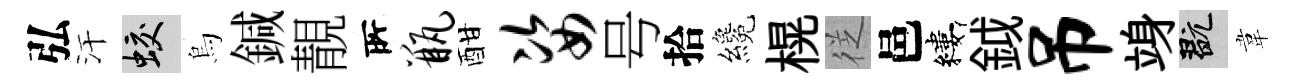
弘汗蛟烏鍼靚𠩄瓶酣姿号拾纔榥徔邑縷鉞吊竧玩韋